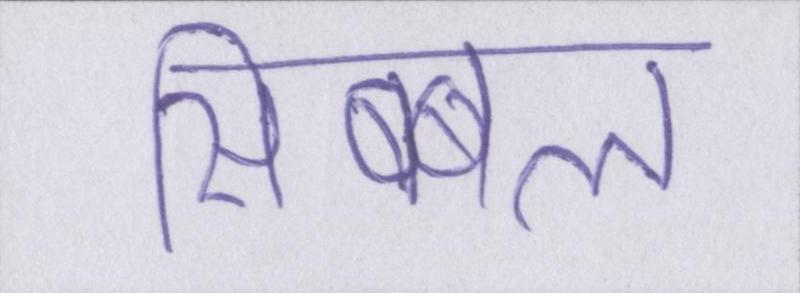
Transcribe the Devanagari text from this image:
सिब्बल